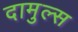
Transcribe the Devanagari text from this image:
दामुल्स